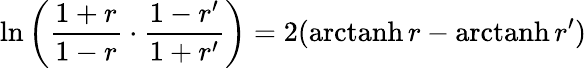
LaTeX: \ln\left({\frac{1+r}{1-r}}\cdot{\frac{1-r^{\prime}}{1+r^{\prime}}}\right)=2(\operatorname{arctanh}r-\operatorname{arctanh}r^{\prime})